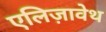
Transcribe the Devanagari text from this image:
एलिज़ावेथ